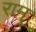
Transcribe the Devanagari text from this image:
राम्‌